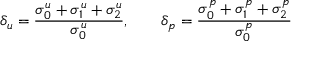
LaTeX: \delta _ { u } = \frac { \sigma _ { 0 } ^ { u } + \sigma _ { 1 } ^ { u } + \sigma _ { 2 } ^ { u } } { \sigma _ { 0 } ^ { u } } , \qquad \delta _ { p } = \frac { \sigma _ { 0 } ^ { p } + \sigma _ { 1 } ^ { p } + \sigma _ { 2 } ^ { p } } { \sigma _ { 0 } ^ { p } }